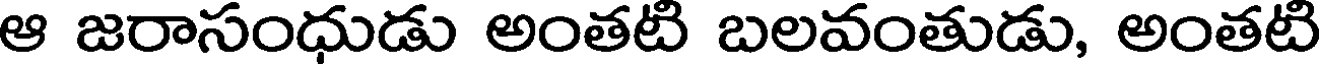
ఆ జరాసంధుడు అంతటి బలవంతుడు, అంతటి